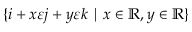
\{ i + x \varepsilon j + y \varepsilon k \mid x \in \mathbb { R } , y \in \mathbb { R } \}